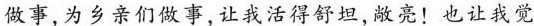
做事，为乡亲们做事，让我活得舒坦，敞亮!也让我觉